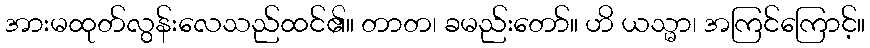
အားမထုတ်လွန်းလေသည်ထင်၏။ တာတ၊ ခမည်းတော်။ ဟိ ယသ္မာ၊ အကြင်ကြောင့်။